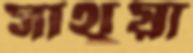
সাথুয়া